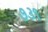
૭૩૧